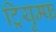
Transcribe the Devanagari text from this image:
ट्रियुम्फ